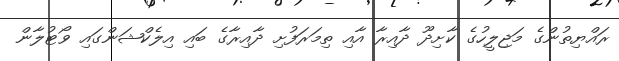
ރައްޔިތުންގެ މަޖިލީހުގެ ކާށިދޫ ދާއިރާ އާއި ތިމަރަފުށި ދާއިރާގެ ބައި އިލެކްޝަންގައި ވޯޓުލާން